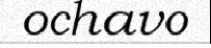
ochavo